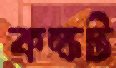
কক্ষট